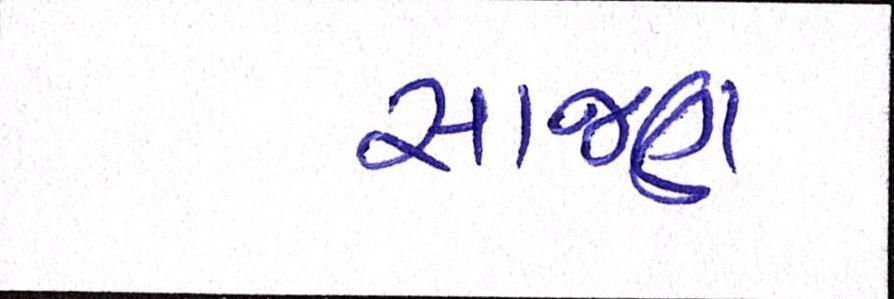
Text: સાજણ